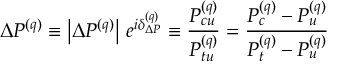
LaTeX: \Delta P ^ { ( q ) } \equiv \left| \Delta P ^ { ( q ) } \right| \, e ^ { i \delta _ { \Delta P } ^ { ( q ) } } \equiv \frac { P _ { c u } ^ { ( q ) } } { P _ { t u } ^ { ( q ) } } = \frac { P _ { c } ^ { ( q ) } - P _ { u } ^ { ( q ) } } { P _ { t } ^ { ( q ) } - P _ { u } ^ { ( q ) } }